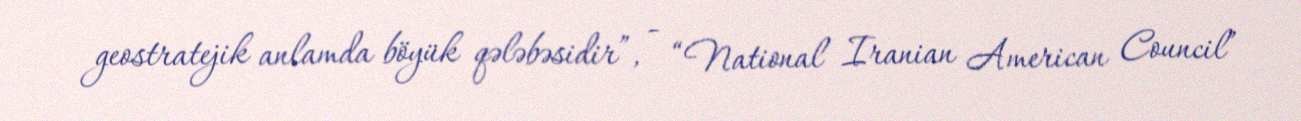
geostratejik anlamda böyük qələbəsidir”, - “National Iranian American Council”